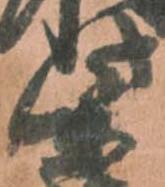
柴